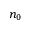
n _ { 0 }